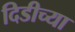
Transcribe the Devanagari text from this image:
दिडीच्या